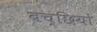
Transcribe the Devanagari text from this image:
बच्छियों